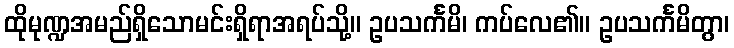
ထိုမုဏ္ဍအမည်ရှိသောမင်းရှိရာအရပ်သို့။ ဥပသင်္ကမိ၊ ကပ်လေ၏။ ဥပသင်္ကမိတွာ၊